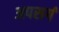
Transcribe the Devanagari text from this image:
अपसर्ग